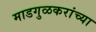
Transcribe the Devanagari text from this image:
माडगुळकरांच्या